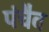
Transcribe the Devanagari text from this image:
पंचैव